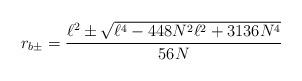
LaTeX: \begin{align*}r_{b\pm }=\frac{\ell ^{2}\pm \sqrt{\ell ^{4}-448N^{2}\ell ^{2}+3136N^{4}}}{56N} \end{align*}